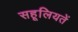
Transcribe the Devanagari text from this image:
सहूलियतें